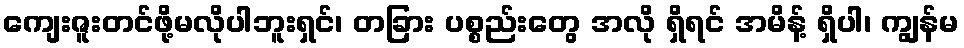
ကျေးဇူးတင်ဖို့မလိုပါဘူးရှင်၊ တခြား ပစ္စည်းတွေ အလို ရှိရင် အမိန့် ရှိပါ၊ ကျွန်မ